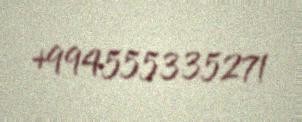
+994555335271